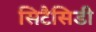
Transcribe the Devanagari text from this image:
सिटैसिडी